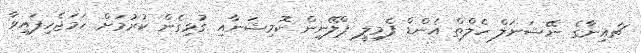
ޗައިނާގެ ނޭޝަނަލް ހެލްތް އެންޑް ފެމިލީ ޕްލޭނިން ކޮމިޝަނާއި ގުޅިގެން ކުރުމަށް ހަމަޖެހިފައިވާ